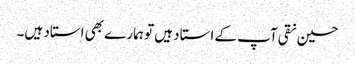
حسین نقی آپ کے استاد ہیں تو ہمارے بھی استاد ہیں۔